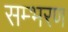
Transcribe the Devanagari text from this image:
सम्भरण